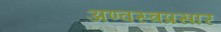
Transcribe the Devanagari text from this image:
अण्वस्त्रप्रसार